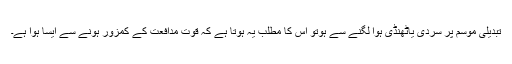
تبدیلی موسم پر سردی یاٹھنڈی ہوا لگنے سے ہوتو اس کا مطلب یہ ہوتا ہے کہ قوت مدافعت کے کمزور ہونے سے ایسا ہوا ہے۔